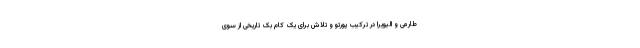
طارمی و الیویرا در ترکیب پورتو و تلاش برای یک کام بک تاریخی از سوی